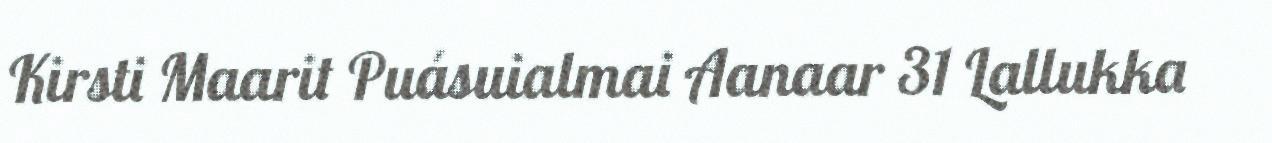
Kirsti Maarit Puásuialmai Aanaar 31 Lallukka